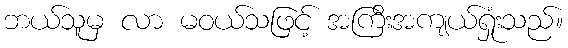
ဘယ်သူမှ လာ မဝယ်သဖြင့် အကြီးအကျယ်ရှုံးသည်။